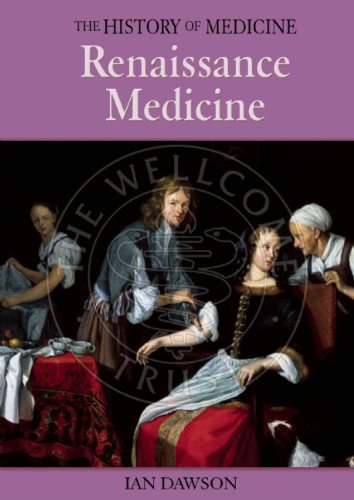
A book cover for Renaissance Medicine (History of Medicine (Enchanted Lion Books).); Ian Dawson; Children's Books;